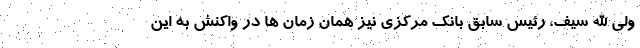
ولی الله سیف، رئیس سابق بانک مرکزی نیز همان زمان ها در واکنش به این